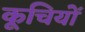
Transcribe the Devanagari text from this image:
कूचियों